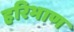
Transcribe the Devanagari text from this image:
हरिभाण